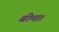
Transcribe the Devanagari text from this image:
बीमा।